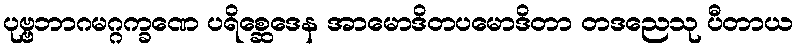
ပုဗ္ဗဘာဂမဂ္ဂက္ခဏေ ပရိစ္ဆေဒေန အာမောဒိတပမောဒိတာ တဒညေသု ပီတာယ